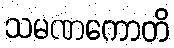
သမဏကောတိ